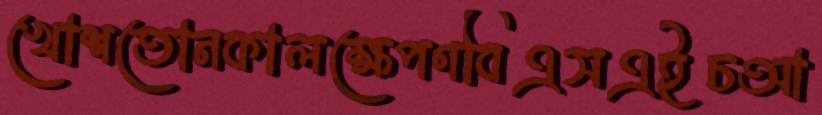
খোশতোনকালক্ষেপণবিএসএইচআ